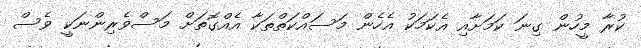
ކުރާ މީހުން ގިނަ ކަމަށާއި އެކަމަކު އެހެން މަސައްކަތްތަކާ އެއްގޮތަށް މަސްވެރިންނަކީ ވެސް